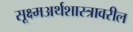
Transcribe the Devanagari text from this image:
सूक्ष्मअर्थशास्त्रावरील